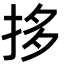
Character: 拸